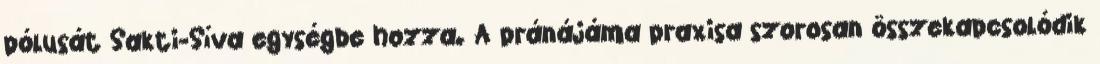
pólusát Sakti-Síva egységbe hozza. A pránájáma praxisa szorosan összekapcsolódik